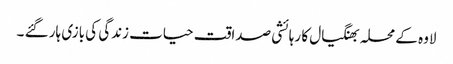
لاوہ کے محلہ بھنگیال کا رہائشی صداقت حیات زندگی کی بازی ہار گئے ۔